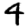
Digit: 4